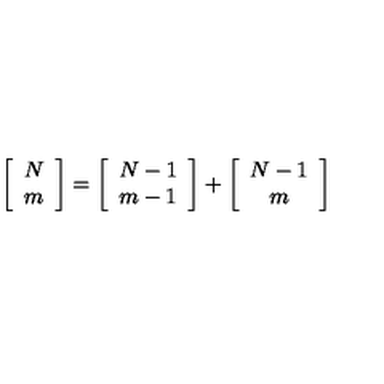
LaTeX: \left[ \begin{array} { c } { N } \\ { m } \\ \end{array} \right] = \left[ \begin{array} { c } { N - 1 } \\ { m - 1 } \\ \end{array} \right] + \left[ \begin{array} { c } { N - 1 } \\ { m } \\ \end{array} \right]